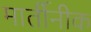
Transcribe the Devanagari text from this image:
मार्तीनीक